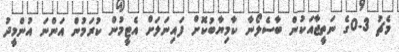
މެޗު 3-0ގެ ނަތީޖާއަކުން ބާސެލޯނާ ކާމިޔާބުކޮށް ފައިނަލަށް އެޓީމުން ކުރަމުން އަންނަ އުންމީދު